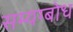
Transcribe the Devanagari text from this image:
सम्यग्बोध